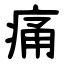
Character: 痛